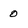
Character: o